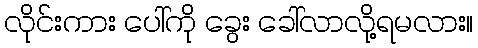
လိုင်းကား ပေါ်ကို ခွေး ခေါ်လာလို့ရမလား။